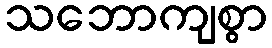
သဘောကျစွာ